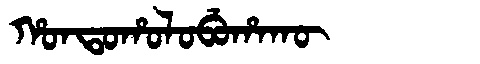
Manchu: ᡥᠣᠨᡨᠣᡥᠣᠯᠣᠪᡠᡥᠠᡴᡡ
Romanization: HONTOHOLOBUHAKŪ